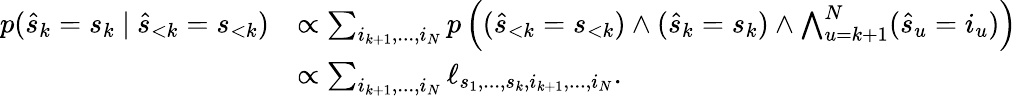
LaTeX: \begin{array}{rl}{p(\hat{s}_{k}=s_{k}\ \vert\ \hat{s}_{<k}=s_{<k})}&{\propto\sum_{i_{k+1},...,i_{N}}p\left((\hat{s}_{<k}=s_{<k})\wedge(\hat{s}_{k}=s_{k})\wedge\bigwedge_{u=k+1}^{N}(\hat{s}_{u}=i_{u})\right)}\\ &{\propto\sum_{i_{k+1},...,i_{N}}\ell_{s_{1},...,s_{k},i_{k+1},...,i_{N}}.}\end{array}